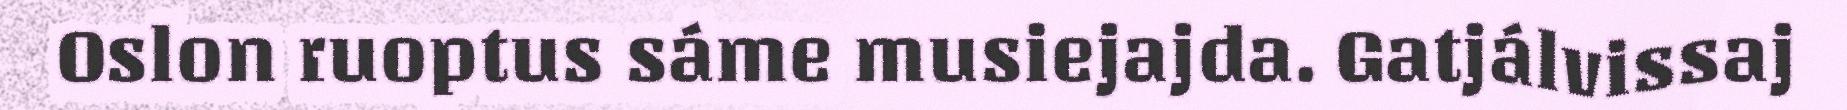
Oslon ruoptus sáme musiejajda. Gatjálvissaj